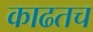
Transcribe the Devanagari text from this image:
काढतच